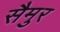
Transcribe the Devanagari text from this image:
सैमुर